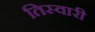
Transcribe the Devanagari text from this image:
तिस्वारी